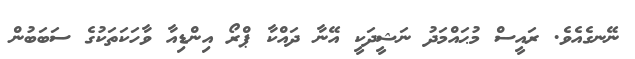
ނޭނގެއެވެ. ރައީސް މުޙައްމަދު ނަޝީދަކީ އޭނާ ދައްކާ ޕްރޯ އިންޑިއާ ވާހަކަތަކުގެ ސަބަބުން